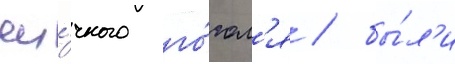
яи́чного го́гол'я / бы́л'и